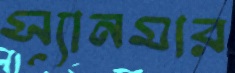
স্যানমার